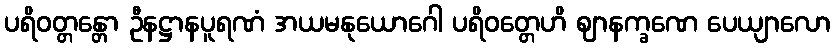
ပရိဝတ္တန္တော ဦနဋ္ဌာနပူရဏံ အယမနုယောဂေါ ပရိဝတ္တေဟိ ဈာနက္ခဏေ ပေယျာလော